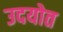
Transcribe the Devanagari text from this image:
उदयोत